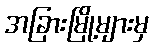
အခြားမြို့များမှ